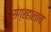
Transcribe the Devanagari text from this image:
संग्रहालाय